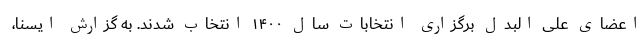
اعضای علی البدل برگزاری انتخابات سال ۱۴۰۰ انتخاب شدند. به گزارش ایسنا،